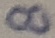
Text: 8